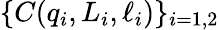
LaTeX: \{ C(q_{i},L_{i},\ell_{i})\} _{i=1,2}